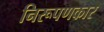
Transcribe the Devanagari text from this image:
निरूपणकार